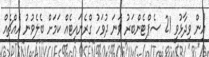
އިން ވިދާޅުވީ 21 ސެޕްޓެންބަރު ވަނަ ދުވަހު ގްރެނައިޓެއް ކަމަށް ބެލެވުނު އެއްޗެއް